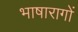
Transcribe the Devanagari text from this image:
भाषारागों